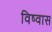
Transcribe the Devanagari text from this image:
विष्वास